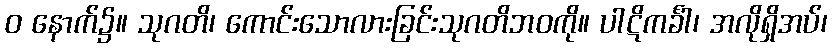
ဝ နောက်၌။ သုဂတိ၊ ကောင်းသောလားခြင်းသုဂတိဘဝကို။ ပါဋိကင်္ခါ၊ အလိုရှိအပ်၊